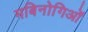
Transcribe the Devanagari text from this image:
मबिनोगिओं